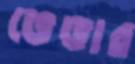
ভেঙার